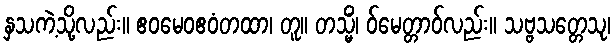
နှသကဲ့သို့လည်း။ ဧဝမေဝဧဝံတထာ၊ တူ။ တသ္မိံ၊ ဝ်မေတ္တာဝ်လည်း။ သဗ္ဗသတ္တေသု၊